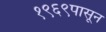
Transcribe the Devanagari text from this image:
१९६९पासून